Medical and sanitary report of the native army of Madras for the year
Year: 1872
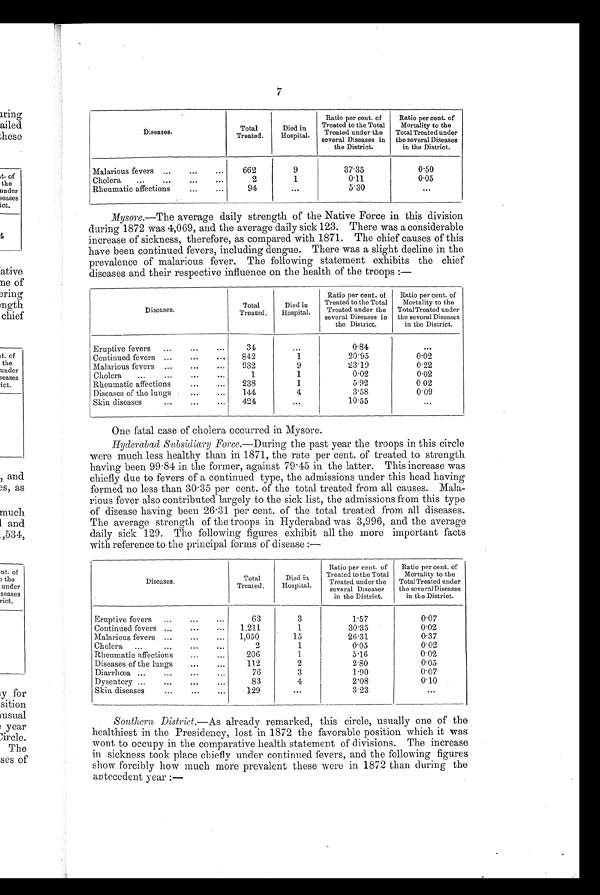
Diseases.
Total
Treated.
Died in
Hospital.
Ratio per cent. of
Treated to the Total
Treated under the
several Diseases in
the District.
Ratio per cent. of
Mortality to the
Total Treated under
the several Diseases
in the District.
Malarious fevers ...
...
...
662
9
37.35
0.50
Cholera
...
...
...
...
2
1
0.11
0.05
Rheumatic affections
...
...
94
...
5.30
...
Mysore.—The average daily strength of the Native Force in this division
during 1872 was 4,069, and the average daily sick 123. There was a considerable
increase of sickness, therefore, as compared with 1871. The chief causes of this
have been continued fevers, including dengue. There was a slight decline in the
prevalence of malarious fever. The following statement exhibits the chief
diseases and their respective influence on the health of the troops :—
D iseases.
Total
Treated.
Died in
Hospital.
Ratio per cent. of
Treated to the Total
Treated under the
several Diseases in
the District.
Ratio per cent. of
Mortality to the
TotalTreated under
the several Diseases
in the District.
Eruptive fevers
...
...
...
34
...
0.84
. . .
Continued fevers ...
...
...
842
1
20.95
0.02
Malarious fevers ...
...
...
932
9
23.19
0.22
Cholera
...
...
...
...
1
1
0.02
0.02
Rheumatic affections
...
...
238
1
5.92
0.02
Diseases of the lungs - ...
...
144
4
3.58
0.09
Skin diseases
...
...
...
424
...
10.55
...
One fatal case of cholera occurred in Mysore.
Hyderabad Subsidiary Force .—During the past year the troops in this circle
were much less healthy than in 1871, the rate per cent. of treated to strength
having been 99 . 84 in the former, against 79 . 45 in the latter. This increase was
chiefly due to fevers of a continued type, the admissions under this head having
formed no less than 30 . 35 per cent. of the total treated from all causes. Mala-
rious fever also contributed largely to the sick list, the admissions from this type
of disease having been 26 . 31 per cent. of the total treated from all diseases.
The average strength of the troops in Hyderabad was 3,996, and the average
daily sick 129. The following figures exhibit all the more important facts
with reference to the principal forms of disease :—
Diseases.
Total
Treated.
Died in
Hospital.
Ratio per cent. of
Treated to the Total
Treated under the
several Diseases
in the District.
Ratio per cent. of
Mortality to the
Total Treated under
the several Diseases
in the District.
Eruptive fevers
...
...
...
63
3
1.57
0.07
Continued fevers ...
...
...
1.211
1
30.35
0.02.
Malarious fevers ...
...
...
1,050
15
26.31
0.37
Cholera
...
...
...
...
2
1
0.05
0.02
Rheumatic affections
...
...
206
1
5.16
0.02
Diseases of the lungs
......
112
2
2.80
0.05
Diarrhoea ...
...
...
...
76
3
1.90
0.07
Dysentery ...
......
...
83
4
2.08
0.10
Skin diseases
...
...
...
129
. . .
3.23
. . .
Southern District.—As already remarked, this circle, usually one of the
healthiest in the Presidency, lost in 1872 the favorable position which it was
wont to occupy in the comparative health statement of divisions. The increase
in sickness took place chiefly under continued fevers, and the following figures
show forcibly how much more prevalent these were in 1872 than during the
antecedent year :—